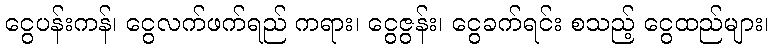
ငွေပန်းကန်၊ ငွေလက်ဖက်ရည် ကရား၊ ငွေဇွန်း၊ ငွေခက်ရင်း စသည့် ငွေထည်များ၊